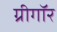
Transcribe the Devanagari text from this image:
ग्रीगॉर